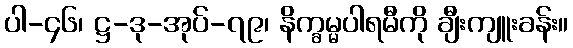
ပါ-၄၆၊ ဋ္ဌ-ဒု-အုပ်-၇၉၊ နိက္ခမ္မပါရမီကို ချီးကျူးခန်း။